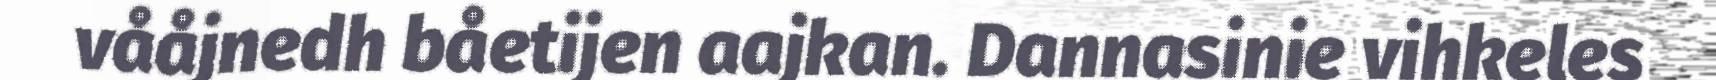
vååjnedh båetijen aajkan. Dannasinie vihkeles